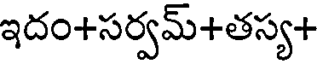
ఇదం+సర్వమ్+తస్య+